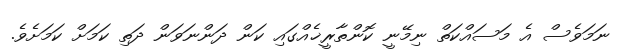
ނަމަވެސް އެ މަސައްކަތް ނިމޭނީ ކޮންތާރީޚެއްގައި ކަން ދަންނަވަން ދަތި ކަމަށް ކަމަށެވެ.